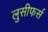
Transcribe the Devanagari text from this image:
लुसीफर्स